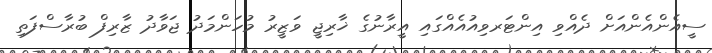
ސީއެންއެންއަށް ދެއްވި އިންޓަރވިއުއެއްގައި އީރާނުގެ ޚާރިޖީ ވަޒީރު މުހަންމަދު ޖަވާދު ޒާރިފް ބުރާސްފަތި